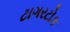
ટાગરટોક